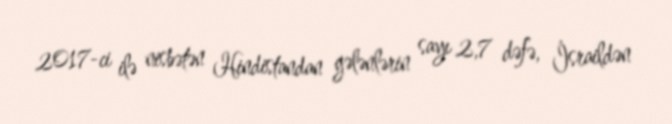
2017-ci ilə nisbətən Hindistandan gələnlərin sayı 2,7 dəfə, İsraildən